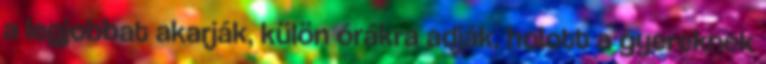
a legjobbat akarják, külön órákra adják, holott a gyereknek